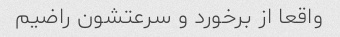
واقعا از برخورد و سرعتشون راضیم